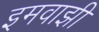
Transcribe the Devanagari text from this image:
इमवाझी